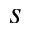
s